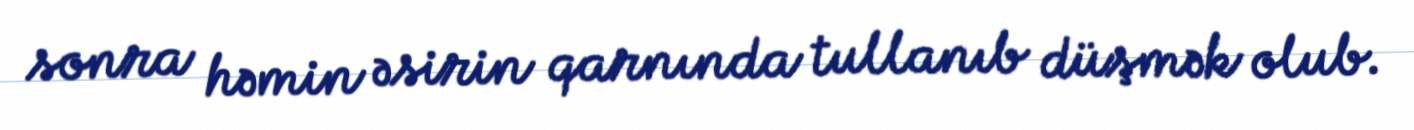
sonra həmin əsirin qarnında tullanıb düşmək olub.